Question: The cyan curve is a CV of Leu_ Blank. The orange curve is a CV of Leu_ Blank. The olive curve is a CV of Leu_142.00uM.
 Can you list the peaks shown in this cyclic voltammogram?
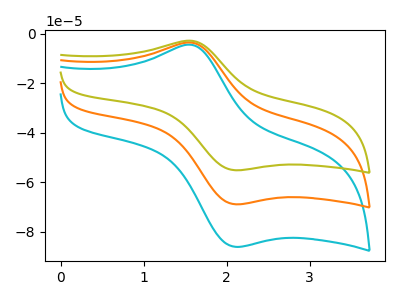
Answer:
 <answer>The cyan curve "Leu_ Blank" has an anodic peak at (1.60V, -7.40uA) and a cathodic peak at (2.15V, -137.65uA). The orange curve "Leu_ Blank" has an anodic peak at (1.60V, -3.70uA) and a cathodic peak at (2.15V, -68.80uA). The olive curve "Leu_142.00uM" has an anodic peak at (1.60V, -2.95uA) and a cathodic peak at (2.15V, -55.10uA).</answer>
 <eval></eval>